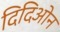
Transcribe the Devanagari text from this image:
दिदिओन